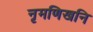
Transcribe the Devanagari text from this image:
नृमणिखनि